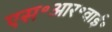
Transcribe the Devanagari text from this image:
एस॰आर॰वाई॰